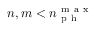
n , m < n _ { \mathrm { ~ p ~ h ~ } } ^ { \mathrm { ~ m ~ a ~ x ~ } }